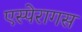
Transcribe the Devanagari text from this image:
एस्पेरागस